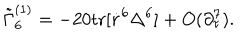
LaTeX: \tilde { \Gamma } _ { 6 } ^ { ( 1 ) } = - 2 0 \mathrm { t r } [ \dot { r } ^ { 6 } \Delta ^ { 6 } ] + O ( \partial _ { \tau } ^ { 7 } ) .